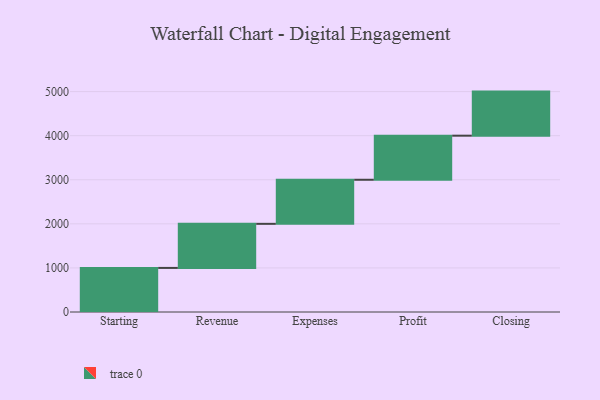
{"axis": {"x": "Step", "y": "Value"}, "legend": [""], "data": [{"x": "Starting", "y": 1000, "type": ""}, {"x": "Revenue", "y": 1000, "type": ""}, {"x": "Expenses", "y": 1000, "type": ""}, {"x": "Profit", "y": 1000, "type": ""}, {"x": "Closing", "y": 1000, "type": ""}]}